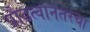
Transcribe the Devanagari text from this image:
प्रौढत्वानंतरचा